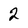
Character: 2